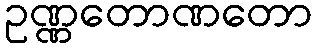
ဥဏ္ဏတောဏတော